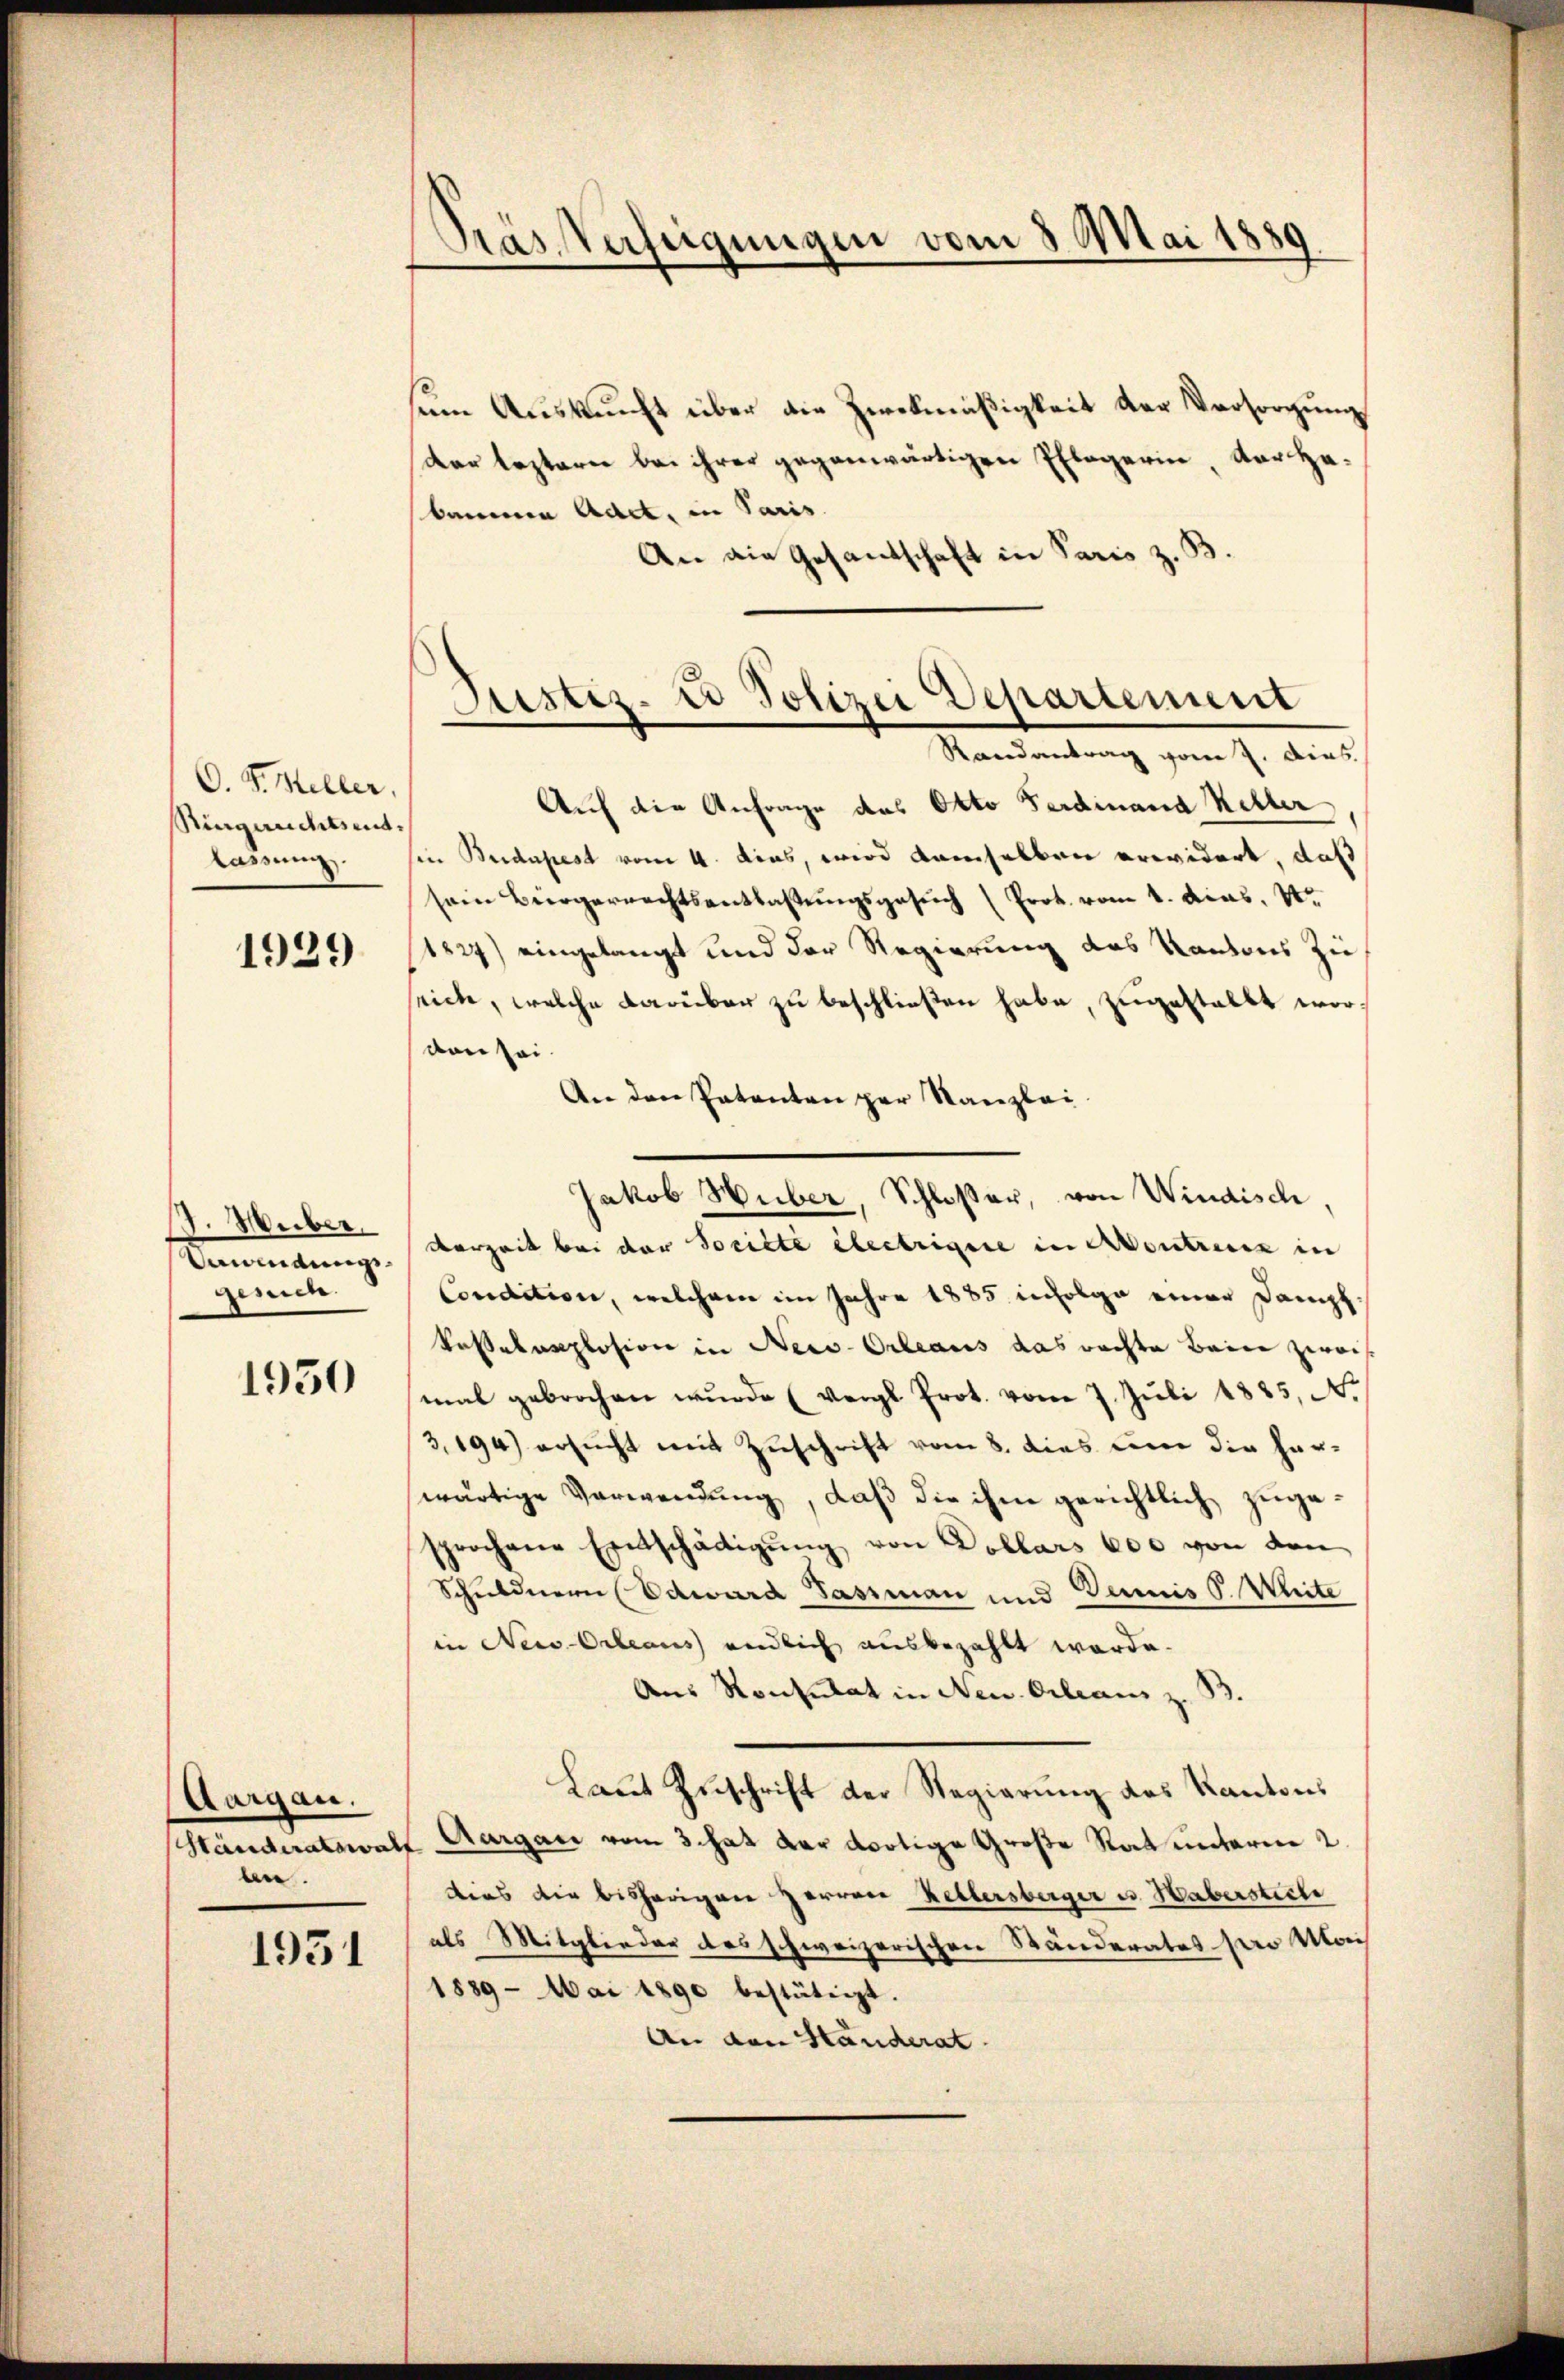
O. S. Meller,
Ringeachtsent.
lassung.

1939

P. Huber.
mandungsgerich.

1950

Aargau.
ben.

1951

Pras Verfeigungen vom 8. Mai 1889.

sum Auskunft über die Zweckmäßigkeit der Versorgung
der leztern bei ihrer gegenwärtigen Pflegerin, der Ha¬
Brunnen Adel, in Paris.
An die Gesandschaft in Paris z. B.
Auf die Anfrage das Okto Ferdinand Keller
hie Budapest vom 4. dies, wird damselben erwidert, daß
sein Bürgerrechtsentlastŭngsgesŭch (Prot. vom 1. das, Nr.
1827) eingelangt und der Regierung des Kantons zu
seiche, welche darüber zu beschließen habe, zugestellt worvon sei.
An den Patenten per Kanzlei
Verzeit bei der Societe electrigire in Avontreuen in
Condition, welchem im Jahre 1885 infolge einer Dampf¬
Posselexplosion in Neco-Orleaus das rachte Baier zwai
mal gebrochen wurde (vergl. Prot. vom 7. Juli 1885, N.
3,194) ersucht mit Zuschrift vom 8. dies um die herwärtige Verwendung, daß die ihm gerichtlich zugesprochene Entschädigŭng von Dollars 600 von den
Schuldnern (Edward Gassman und Dennis P. Weite
in New-Orleaus endlich ausbezahlt werde.
Aus Konsulat in Neu Orleans z. B.
Laut Zuschrift der Regierung des Kantons
Ständeratswald Aargau vom 3. hat der dortige Große Rat unterm 2.
dies die bisherigen Herren Kellersberger u. Haberstiche
als Mitglieder des schweizerischen Ständerates pro Mais
1889 Mai 1890 bestätigt.
An den Ständerat.

Justiz- & Polizei Departement
Randantrag vom 2. Dies

Jakob Huber, Schloßer, von Windisch,